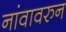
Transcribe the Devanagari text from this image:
नांवावरुन